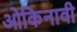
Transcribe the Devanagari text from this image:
ओकिनावी